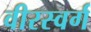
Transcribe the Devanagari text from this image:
वीरस्वर्ग